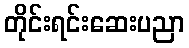
တိုင်းရင်းဆေးပညာ